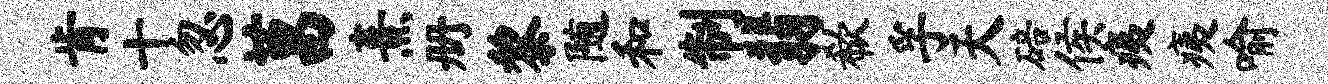
肯十忽莒熹册黎随和制翡欷孚天碚侯痍痍喻